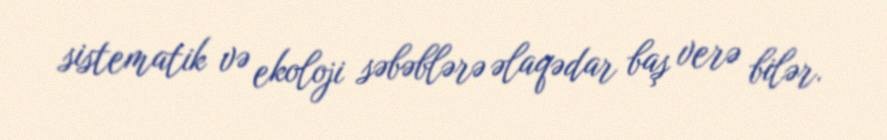
sistematik və ekoloji səbəblərə əlaqədar baş verə bilər.